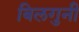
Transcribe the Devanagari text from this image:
बिलगुनी